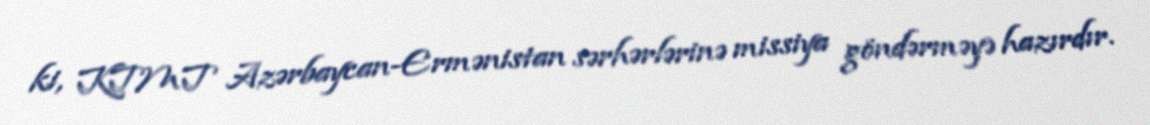
ki, KTMT Azərbaycan-Ermənistan sərhərlərinə missiya göndərməyə hazırdır.